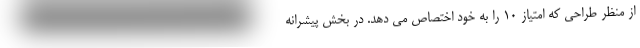
از منظر طراحی که امتیاز 10 را به خود اختصاص می دهد. در بخش پیشرانه